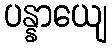
ပန္နာယျေ